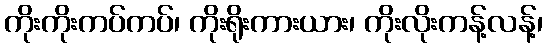
ကိုးကိုးကပ်ကပ်၊ ကိုးရိုးကားယား၊ ကိုးလိုးကန့်လန့်၊